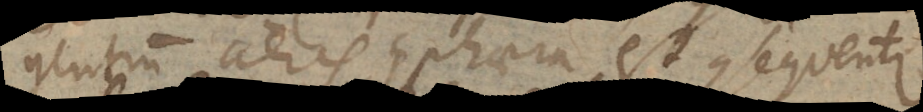
gentium aeris sphaera est consequenter